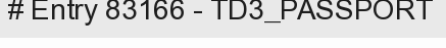
# Entry 83166 - TD3_PASSPORT